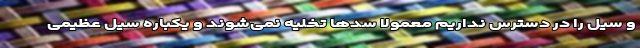
و سیل را در دسترس نداریم معمولا سدها تخلیه نمی‌شوند و یکباره سیل عظیمی